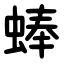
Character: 蜯